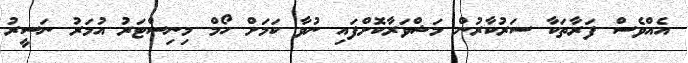
އެއްވެސް ފަރާތަކާ ސަރުކާރުން މަޝްވަރާކޮށްފައި ނުވާ ކަމަށް ހޯމް މިނިސްޓަރު އުމަރު ނަސީރު